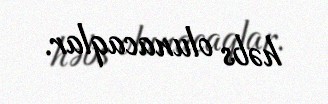
həbs olunacaqlar.